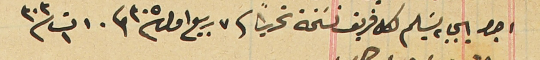
اجرا ايجابه يسَلم لكل فريق نسَخة تحريراً فى ٧ ربيع اول سنة ٣٠٥ وفى ١٠ ت١ سنة ٣٠٣